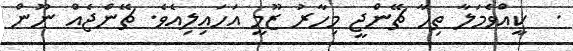
.  ކީއްވެމަލާ ތިހާ ޗޭންޖީ މިހާރު ޒޫމީ އަހައިލިއެވެ. ޗޭންޖެއް ނޫން